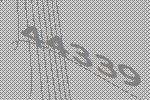
44339